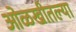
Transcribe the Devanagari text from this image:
ओळखीतल्या